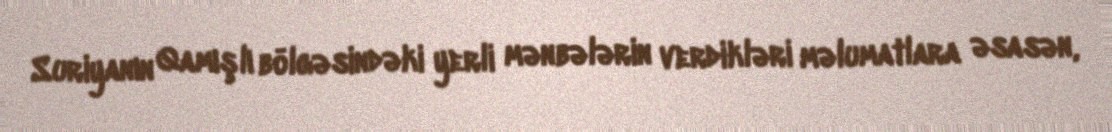
Suriyanın Qamışlı bölgəsindəki yerli mənbələrin verdikləri məlumatlara əsasən,